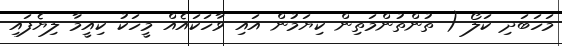
މަހަބަދި ކަލޯ ( ތުންތުންމަތިން ކިޔަމުން އައި ވާހަކައެއް މީހަކު ކިއީމާ ލިޔެފައި